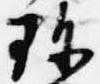
珍